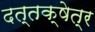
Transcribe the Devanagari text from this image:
दत्तक्षेत्र